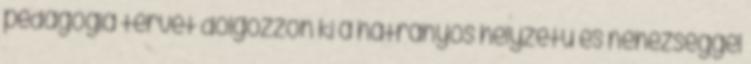
pedagógia tervet dolgozzon ki a hátrányos helyzetű és nehézséggel